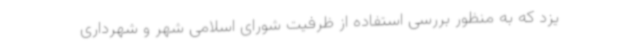
یزد که به منظور بررسی استفاده از ظرفیت شورای اسلامی شهر و شهرداری